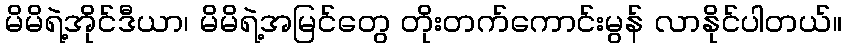
မိမိရဲ့အိုင်ဒီယာ၊ မိမိရဲ့အမြင်တွေ တိုးတက်ကောင်းမွန် လာနိုင်ပါတယ်။